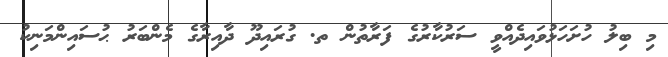
މި ބިލު ހުށަހަޅުވައިދެއްވީ ސަރުކާރުގެ ފަރާތުން ތ. ގުރައިދޫ ދާއިރާގެ މެންބަރު ޙުސައިންމަނިކު